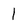
Character: 1